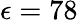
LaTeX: \epsilon=78